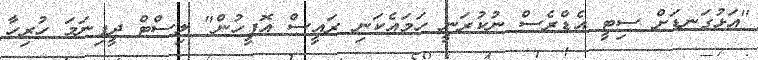
"އަޅުގަނޑަށް ސިޓީ އެޑްރެސް ނުކުރަނީ ހަމައެކަނި ރައީސް އޮފީހުން" ލިސްޓް ދީފިނަމަ ހުރިހާ